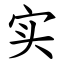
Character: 实